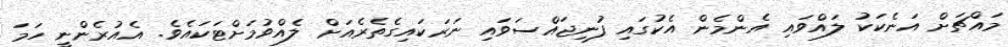
މައްޗަށް އަނެކަކު ލައްވައި އެންމެން އެކުގައި ފުނިޖައްސަވައި ނަރަކައިގެތެރެއަށް ލެއްވުމަށްޓަކައެވެ. އެއުރެންނީ ހަމަ